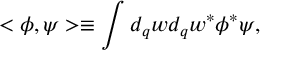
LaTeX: < \phi , \psi > \equiv \int _ { } ^ { } d _ { q } w d _ { q } w ^ { \ast } \phi ^ { \ast } \psi ,